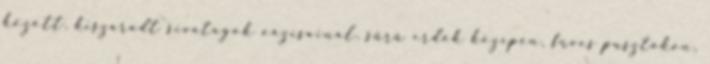
között, kiszáradt sivatagok oázisainál, sűrű erdők közepén, füves pusztákon,